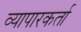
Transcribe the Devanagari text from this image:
व्यापारकर्ता